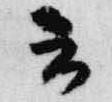
云